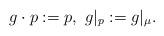
LaTeX: \begin{align*}g\cdot p := p,\ g|_p:=g|_\mu. \end{align*}